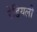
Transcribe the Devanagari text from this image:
रेडियली